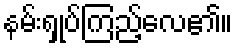
နမ်းရှုပ်ကြည့်လေ၏။